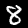
Digit: 8